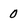
Character: 0